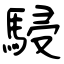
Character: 駸